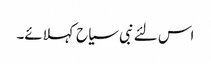
اس لئے نبی سیاح کہلائے۔